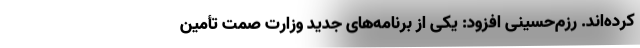
کرده‌اند. رزم‌حسینی افزود: یکی از برنامه‌های جدید وزارت صمت تأمین